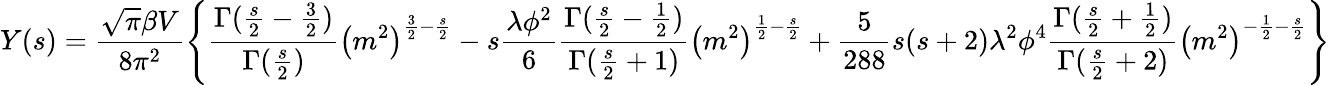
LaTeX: Y(s)=\frac{\sqrt{\pi}\beta V}{8\pi^{2}}\left\{ \frac{\Gamma(\frac{s}{2}-\frac{3}{2})}{\Gamma(\frac{s}{2})}\left(m^{2}\right)^{\frac{3}{2}-\frac{s}{2}}-s\frac{\lambda\phi^{2}}{6}\frac{\Gamma(\frac{s}{2}-\frac{1}{2})}{\Gamma(\frac{s}{2}+1)}\left(m^{2}\right)^{\frac{1}{2}-\frac{s}{2}}+\frac{5}{288}s(s+2)\lambda^{2}\phi^{4}\frac{\Gamma(\frac{s}{2}+\frac{1}{2})}{\Gamma(\frac{s}{2}+2)}\left(m^{2}\right)^{-\frac{1}{2}-\frac{s}{2}}\right\}